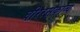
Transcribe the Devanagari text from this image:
वीररसकाव्य